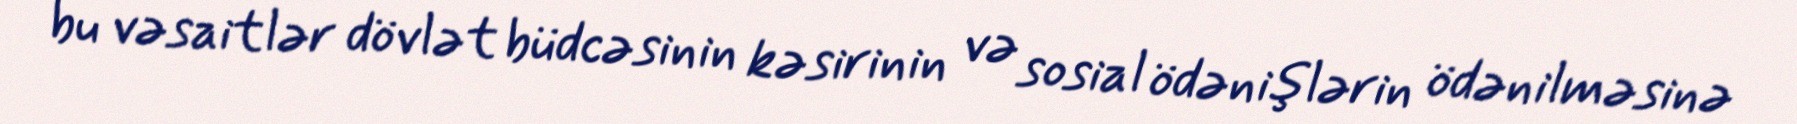
bu vəsaitlər dövlət büdcəsinin kəsirinin və sosial ödənişlərin ödənilməsinə